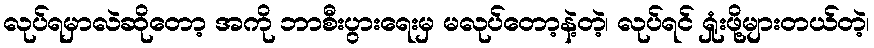
လုပ်ရမှာလဲဆိုတော့ အကို ဘာစီးပွားရေးမှ မလုပ်တော့နဲ့တဲ့၊ လုပ်ရင် ရှုံးဖို့များတယ်တဲ့၊